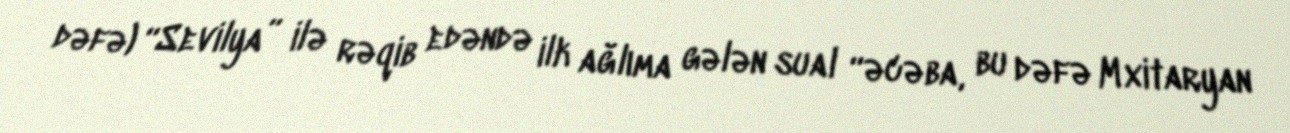
dəfə) “Sevilya” ilə rəqib edəndə ilk ağlıma gələn sual “əcəba, bu dəfə Mxitaryan